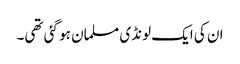
ان کی ایک لونڈی مسلمان ہو گئی تھی۔